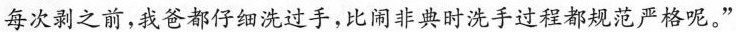
每次剥之前，我爸都仔细洗过手，比闹非典时洗手过程都规范严格呢。”